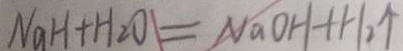
N a H + H _ { 2 } O = N a O H + H _ { 2 } \uparrow